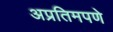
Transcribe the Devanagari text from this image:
अप्रतिमपणे